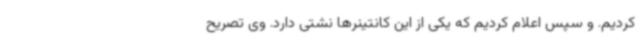
کردیم. و سپس اعلام کردیم که یکی از این کانتینرها نشتی دارد. وی تصریح